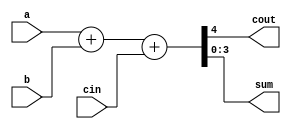
module A1_3_rtl (
    output cout, output [bits-1:0] sum,
    input [bits-1:0] a,b, input cin
);
parameter bits = 4;

assign {cout,sum} = a+b+cin;

endmodule